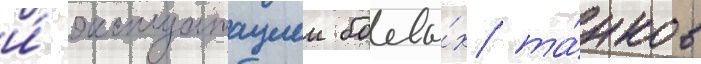
и́ эксплуатациеи боевы́х та́нков